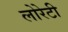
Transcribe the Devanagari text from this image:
लोरेटी